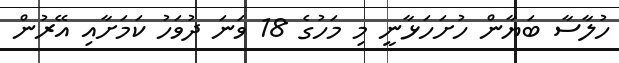
ހުލާސާ ބަޔާން ހުށަހަޅާނީ މި މަހުގެ 18 ވަނަ ދުވަހު ކަމަށާއި އޭރުން